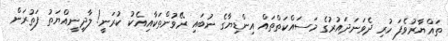
ތައްޔާރުވެފަ ހުރި ދެވަަނަދައުރުގެ މަސައްކަތްތައް އިންޑިޔާގެ ނުބައި ރޭވުންތަކާއިއެކު ކުރަނީ! ލާދީނީއްޔަތު ފަތުރަން